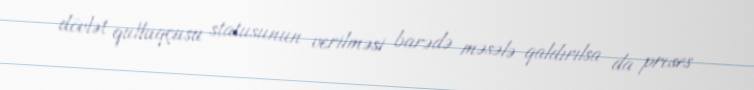
dövlət qulluqçusu statusunun verilməsi barədə məsələ qaldırılsa da proses